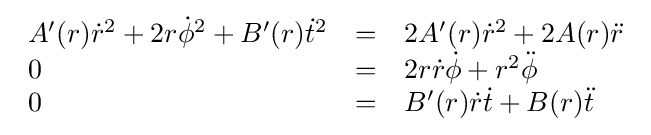
{\begin{array}{lcl}A'(r){\dot {r}}^{2}+2r{\dot {\phi }}^{2}+B'(r){\dot {t}}^{2}&=&2A'(r){\dot {r}}^{2}+2A(r){\ddot {r}}\\0&=&2r{\dot {r}}{\dot {\phi }}+r^{2}{\ddot {\phi }}\\0&=&B'(r){\dot {r}}{\dot {t}}+B(r){\ddot {t}}\end{array}}